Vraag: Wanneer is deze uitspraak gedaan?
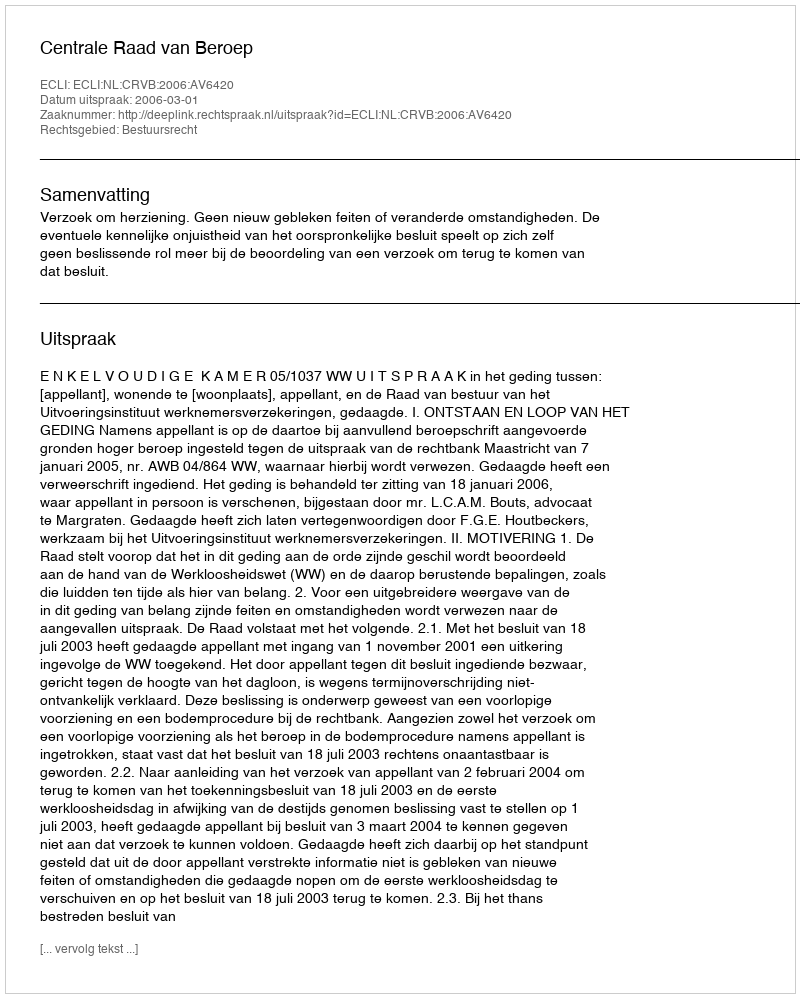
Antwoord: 2006-03-01